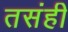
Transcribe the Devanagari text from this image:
तसंही